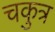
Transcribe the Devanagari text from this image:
चकुत्र